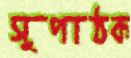
সুপাঠক